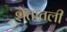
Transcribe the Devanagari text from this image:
शेतांतली